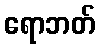
ရောဘတ်